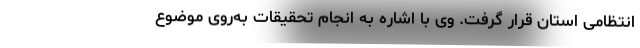
انتظامی استان قرار گرفت. وی با اشاره به انجام تحقیقات به‌روی موضوع